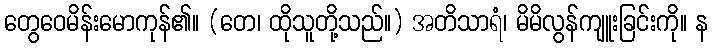
တွေဝေမိန်းမောကုန်၏။ (တေ၊ ထိုသူတို့သည်။) အတိသာရံ၊ မိမိလွန်ကျူးခြင်းကို။ န